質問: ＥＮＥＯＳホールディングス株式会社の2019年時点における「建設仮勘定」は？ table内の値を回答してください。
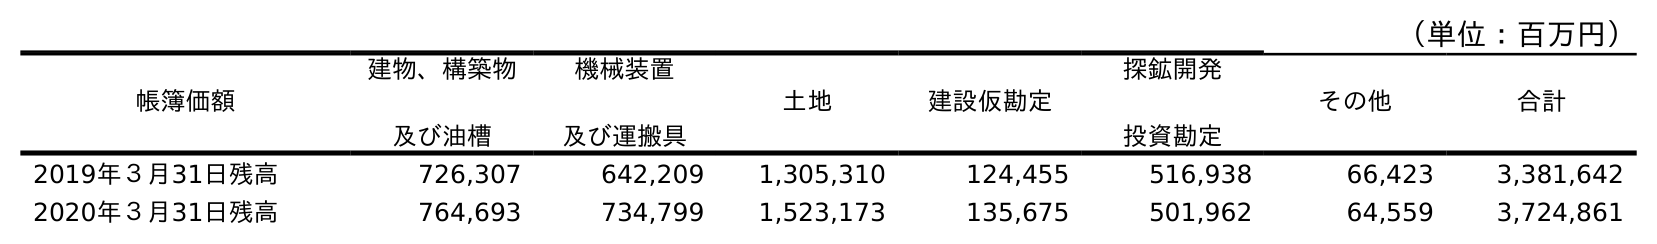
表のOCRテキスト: （単位：百万円） 帳簿価額 建物、構築物 及び油槽 機械装置 及び運搬具 土地 建設仮勘定 探鉱開発 投資勘定 その他 合計 2019年３月31日残高 726,307 642,209 1,305,310 124,455 516,938 66,423 3,381,642 2020年３月31日残高 764,693 734,799 1,523,173 135,675 501,962 64,559 3,724,861
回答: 124,455